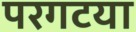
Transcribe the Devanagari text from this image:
परगटया